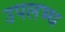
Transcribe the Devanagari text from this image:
उपलभ्ध